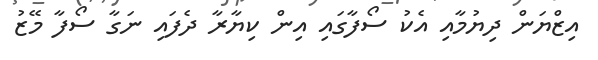
އިޒްޔަން ދިޔުމާއި އެކު ސޯފާގައި އިން ކިޔާރާ ދެފައި ނަގާ ސޯފާ މޭޒު